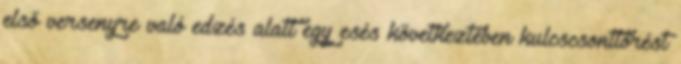
első versenyre való edzés alatt egy esés következtében kulcscsonttörést